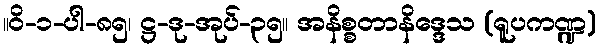
။ဝိ-၁-ပါ-၈၅၊ ဋ္ဌ-ဒု-အုပ်-၃၅။ အနိစ္စတာနိဒ္ဒေသ (ရူပကဏ္ဍ)